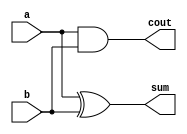
module ha(cout,sum,a,b);
input a,b;
output sum,cout;

xor g1(sum,a,b);
and g2(cout,a,b);
endmodule